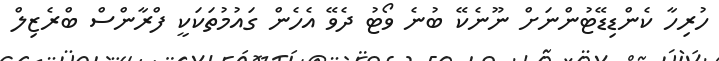
ހުރިހާ ކެންޑިޑޭޓުންނަށް ނޫނެކޭ ބުނެ ވޯޓު ދެވޭ އެހެން ގައުމުތަކަކީ ފްރާންސް ބްރެޒިލް